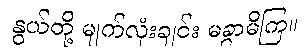
နွယ်တို့ မျက်လုံးချင်း မခွာမိကြ။